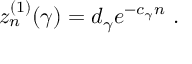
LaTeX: z _ { n } ^ { ( 1 ) } ( \gamma ) = d _ { \gamma } e ^ { - c _ { \gamma } n } \ .